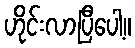
ဟိုင်းလာပြီပေါ့။